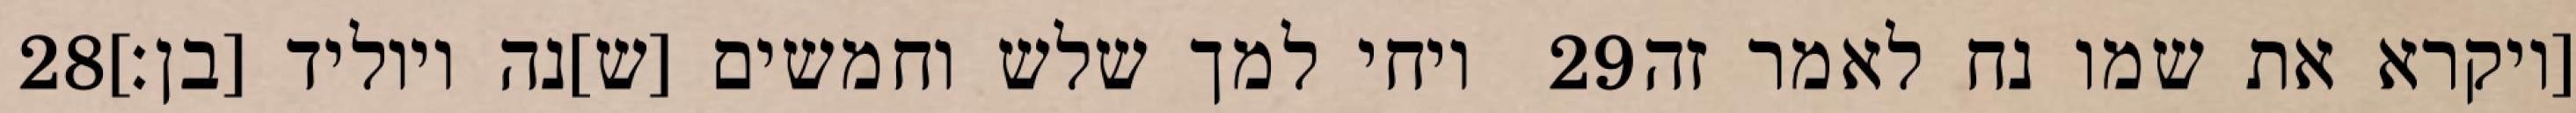
‎28‏ ויחי למך שלש וחמשים [ש]נה ויוליד [בן׃] ‎29‏ [ויקרא את שמו נח לאמר זה